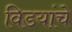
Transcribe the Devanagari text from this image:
विडयांचे